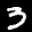
Label: 3